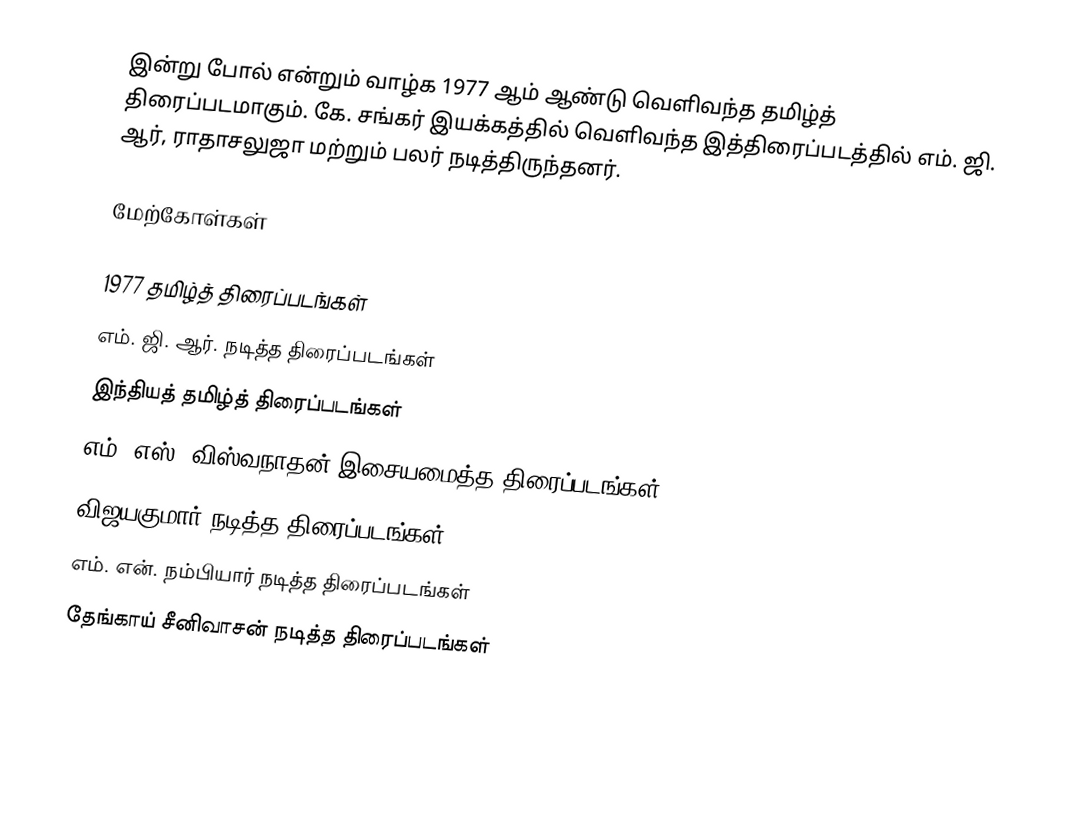
இன்று போல் என்றும் வாழ்க 1977 ஆம் ஆண்டு வெளிவந்த தமிழ்த் திரைப்படமாகும். கே. சங்கர் இயக்கத்தில் வெளிவந்த இத்திரைப்படத்தில் எம். ஜி. ஆர், ராதாசலுஜா மற்றும் பலர் நடித்திருந்தனர்.

மேற்கோள்கள்

1977 தமிழ்த் திரைப்படங்கள்
எம். ஜி. ஆர். நடித்த திரைப்படங்கள்
இந்தியத் தமிழ்த் திரைப்படங்கள்
எம். எஸ். விஸ்வநாதன் இசையமைத்த திரைப்படங்கள்
விஜயகுமார் நடித்த திரைப்படங்கள்
எம். என். நம்பியார் நடித்த திரைப்படங்கள்
தேங்காய் சீனிவாசன் நடித்த திரைப்படங்கள்